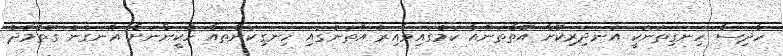
ހާދިސާ ހިނގިތަނަކީ އަނދިރިކޮށް އޮތްތަނެއް ކަމުގައިވާއިރު އެތަނުގައި ހިނގިކަންތައް ހެކީންނަށް އެނގުނު ގޮތާމެދު